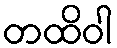
တထိဝါ